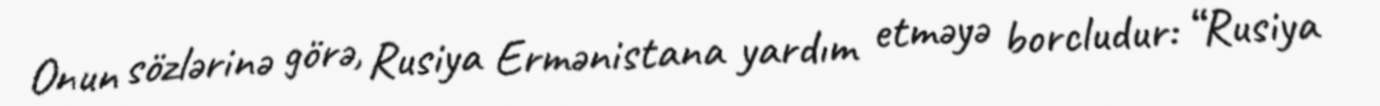
Onun sözlərinə görə, Rusiya Ermənistana yardım etməyə borcludur: “Rusiya